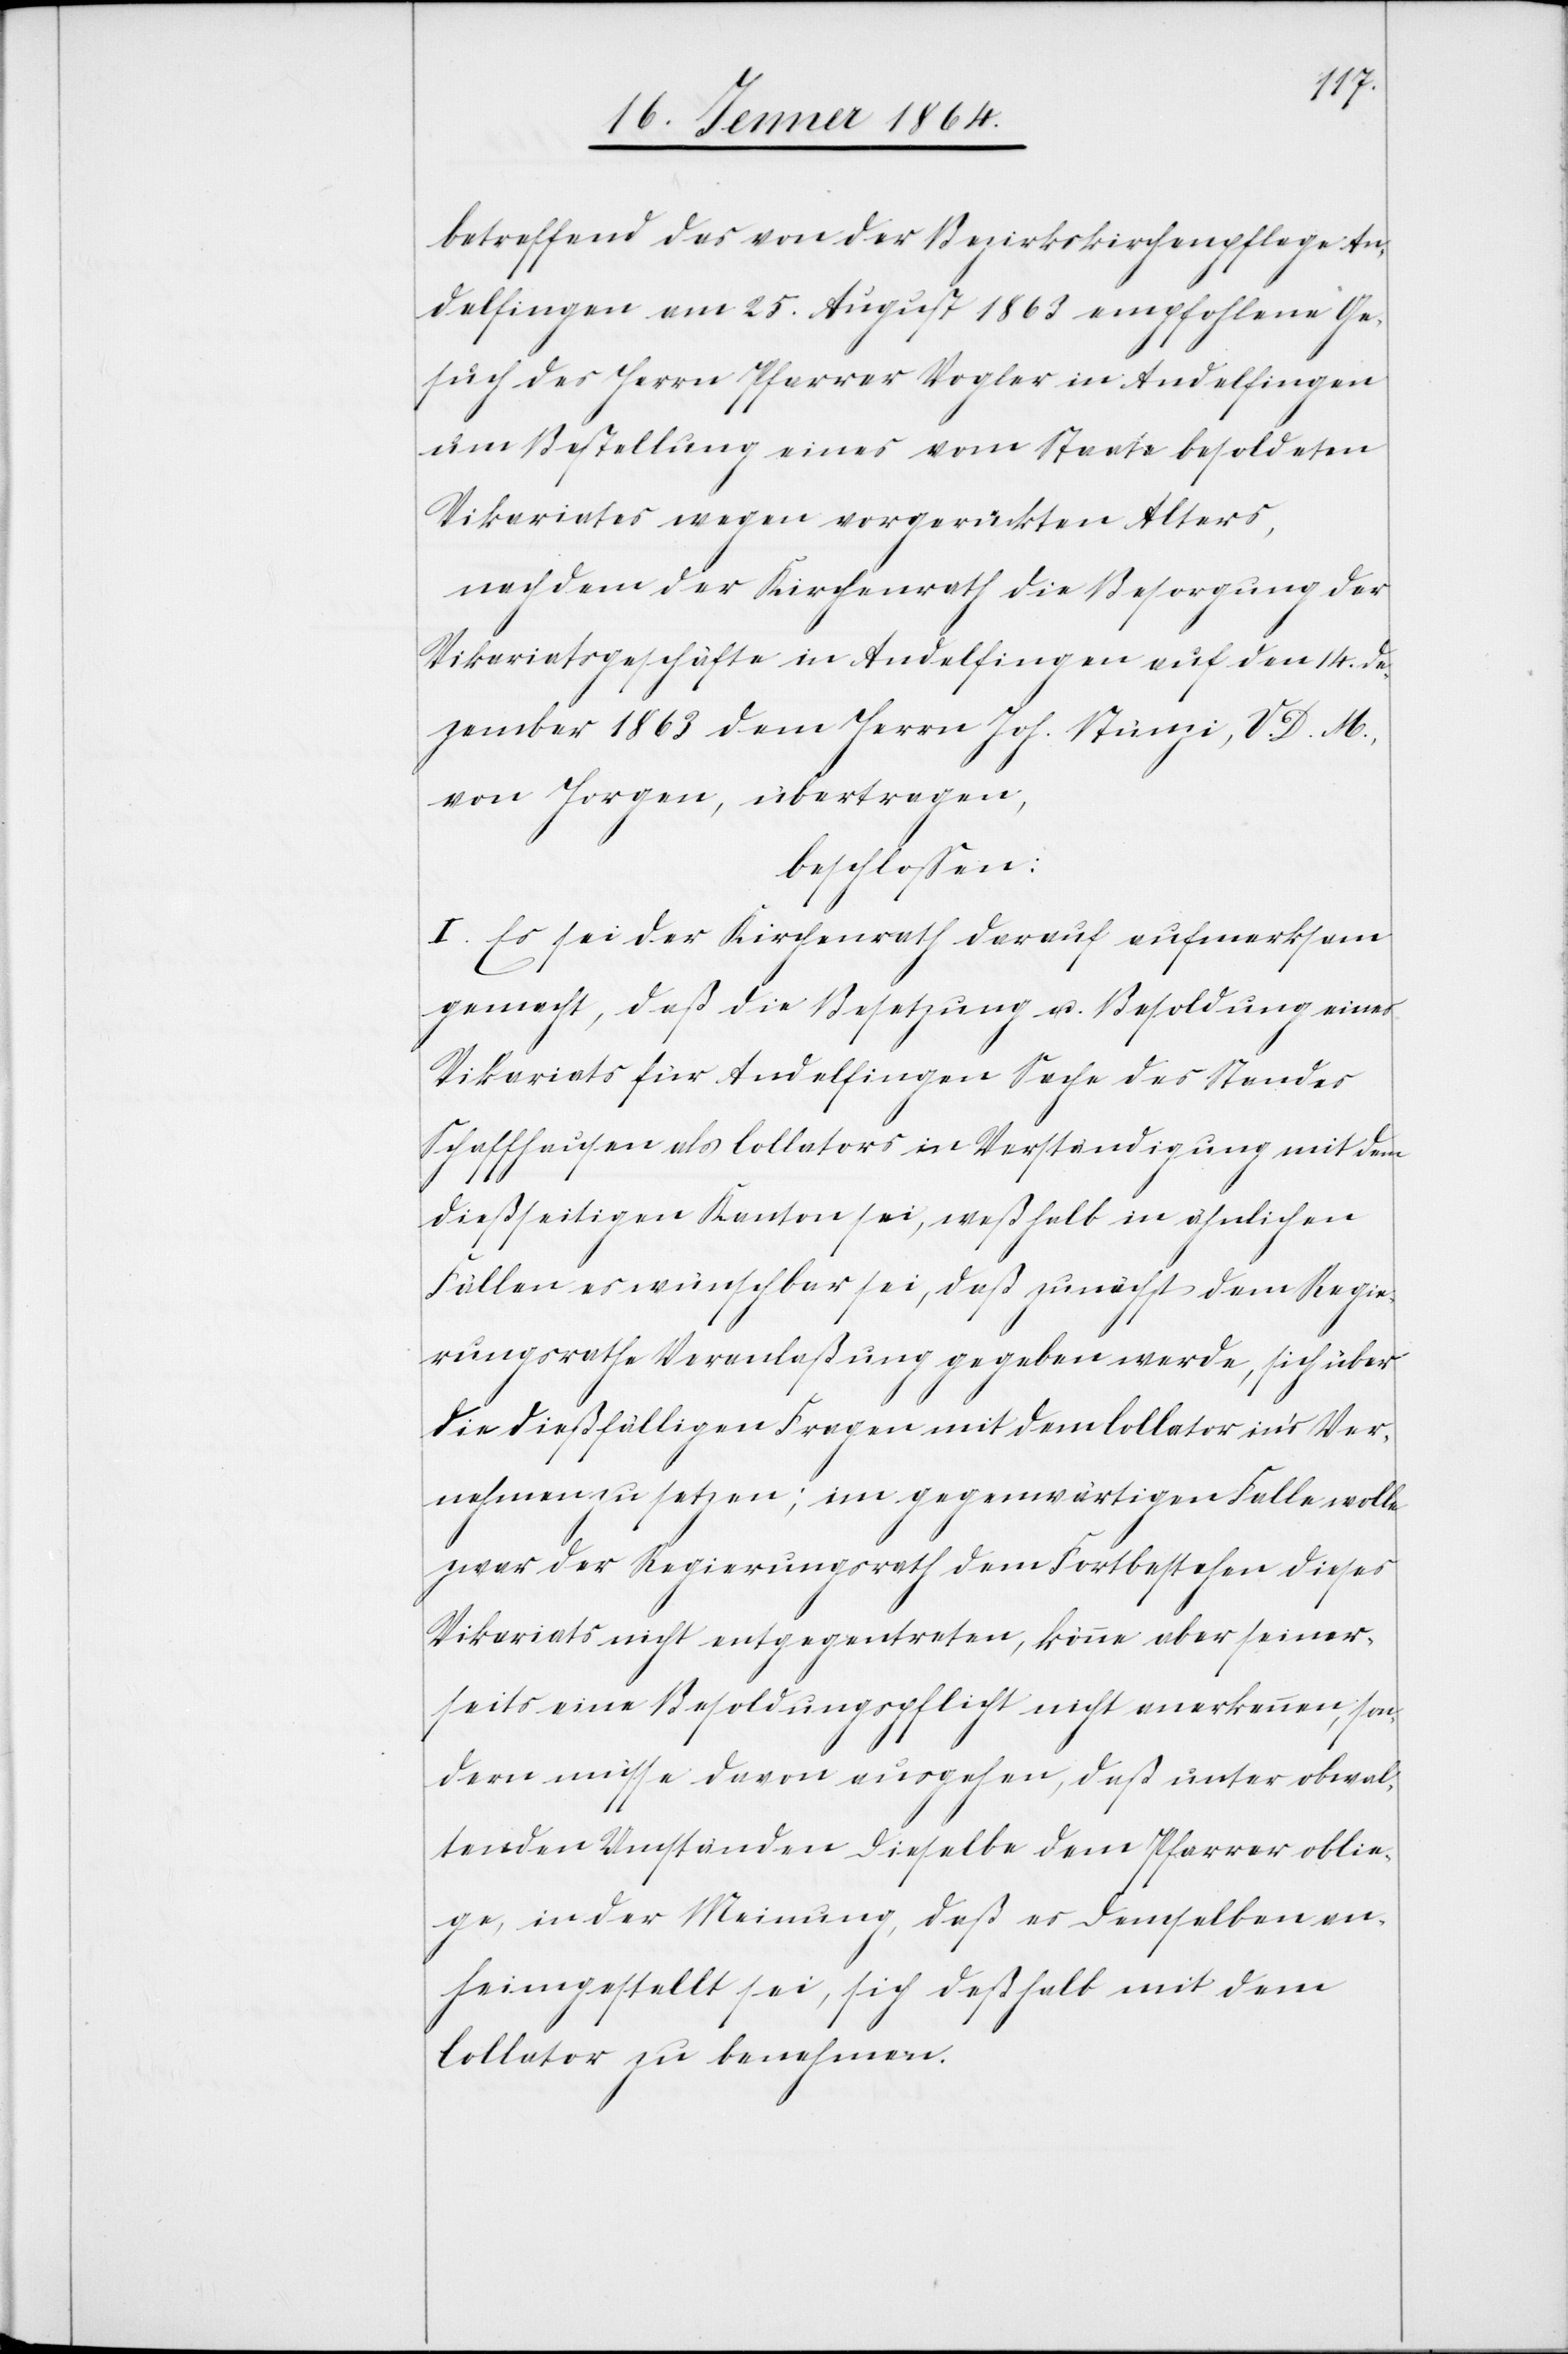
betreffend das von der Bezirkskirchenpflege An¬
delfingen am 25. August 1863 empfohlene Ge¬
such des Herrn Pfarrer Vogler in Andelfingen
um Bestellung eines vom Staate besoldeten
Vikariates wegen vorgerückten Alters,
nachdem der Kirchenrath die Besorgung der
Vikariatsgeschäfte in Andelfingen auf den 14. De¬
zember 1863 dem Herrn Joh. Stünzi, V. D. M.,
von Horgen, übertragen
beschlossen:
I. Es sei der Kirchenrath darauf aufmerksam
gemacht, daß die Besetzung u. Besoldung eines
Vikariats für Andelfingen Sache des Standes
Schaffhausen als Collators in Verständigung mit dem
dießseitigen Kanton sei, weßhalb in ähnlichen
Fällen es wünschbar sei, daß zunächst dem Regie¬
rungsrathe Veranlaßung gegeben werde, sich über
die dießfälligen Fragen mit dem Collator in’s Ver¬
nehmen zu setzen; im gegenwärtigen Falle wolle
zwar der Regierungsrath dem Fortbestehen dieses
Vikariats nicht entgegentreten, könne aber seiner¬
seits eine Besoldungspflicht nicht anerkennen, son¬
dern müsse davon ausgehen, daß unter obwal¬
tenden Umständen dieselbe dem Pfarrer oblie¬
ge in der Meinung, daß es demselben an¬
heimgestellt sei, sich deßhalb mit dem
Collator zu benehmen.